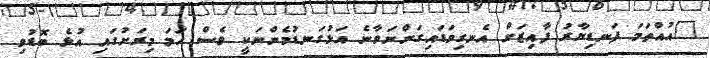
"އުއްތަމަ ފަނޑިޔާރު ފާއިޒަށް އެނގިވަޑައިގަންނަވާނެ އަޅުގަނޑުމެންނަކީ ވެސް ހަމަ މިރަށުގައި އުޅެ ބޮޑުވި